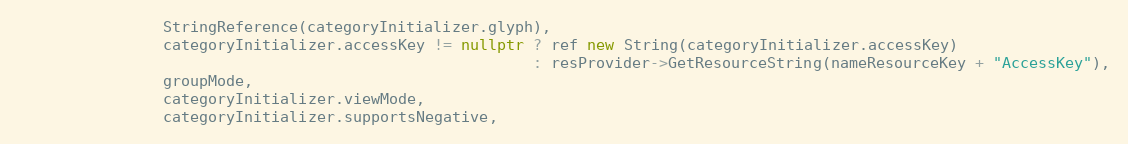
Language: C++
                StringReference(categoryInitializer.glyph),
                categoryInitializer.accessKey != nullptr ? ref new String(categoryInitializer.accessKey)
                                                         : resProvider->GetResourceString(nameResourceKey + "AccessKey"),
                groupMode,
                categoryInitializer.viewMode,
                categoryInitializer.supportsNegative,